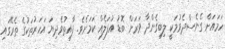
ހަމައަށް ގެނެސްދެވުމަކީ ލިބިގެންދާ ވަރަށް ބޮޑު އުފަލެއް ކަމަށެވެ. ފާއިތުވެދިޔަ އަހަރުތަކުގެ ތެރޭގައި